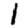
Digit: 1